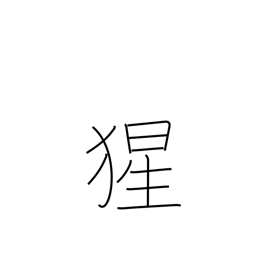
Meaning: orangutan